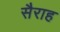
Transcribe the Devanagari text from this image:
सैराह